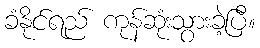
ခံနိုင်ရည် ကုန်ဆုံးသွားခဲ့ပြီ။